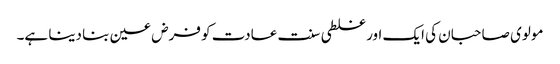
مولوی صاحبان کی ایک اور غلطی سنت عادت کو فرض عین بنا دینا ہے۔